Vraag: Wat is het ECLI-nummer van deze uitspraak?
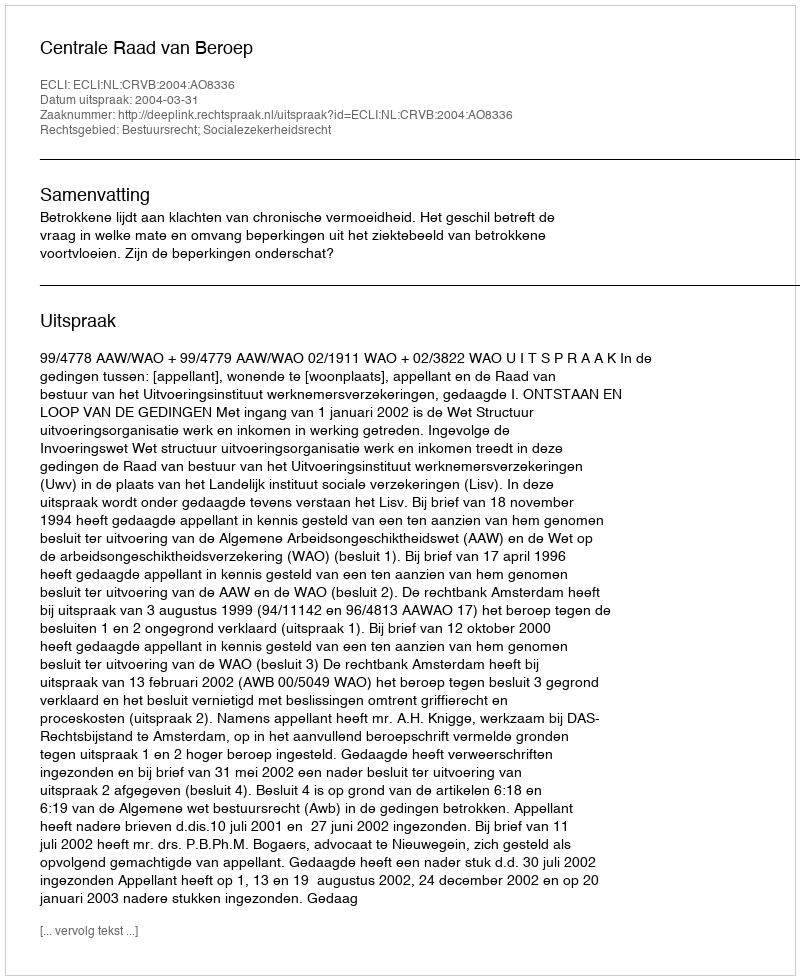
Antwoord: ECLI:NL:CRVB:2004:AO8336